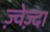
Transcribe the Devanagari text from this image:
ज़्वेज़्दा